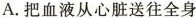
A.把血液从心脏送往全身